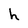
Character: h